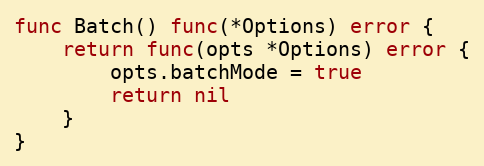
Language: Go
func Batch() func(*Options) error {
	return func(opts *Options) error {
		opts.batchMode = true
		return nil
	}
}